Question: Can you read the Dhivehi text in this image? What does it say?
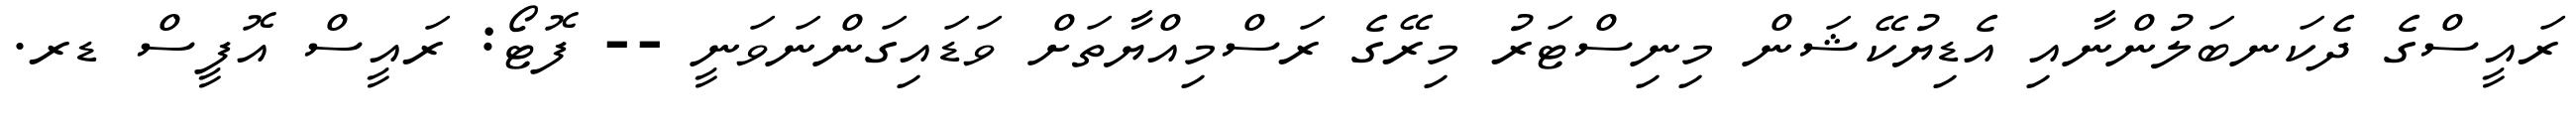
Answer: ރައީސްގެ ދެކަނބަލުންނާއި އެޑިޔުކޭޝަން މިނިސްޓަރު މިރޭގެ ރަސްމިއްޔާތަށް ވަޑައިގަންނަވަނީ -- ފޮޓޯ: ރައީސް އޮފީސް ޑރ.